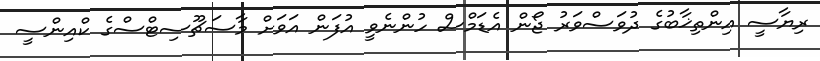
ރިޔާސީ އިންތިޚާބުގެ ދުވަސްވަރު ޖޯން އެޑަމްސް ހުންނެވީ އުފަން އަވަށް މާސަޗޫސިޓްސްގެ ކްއިންސީ